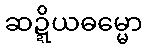
ဆဍ္ဍိယဓမ္မော